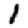
Digit: 1